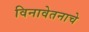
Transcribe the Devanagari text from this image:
विनावेतनाचे